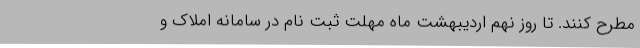
مطرح کنند. تا روز نهم اردیبهشت ماه مهلت ثبت نام در سامانه املاک و